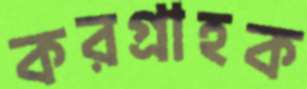
করগ্রাহক